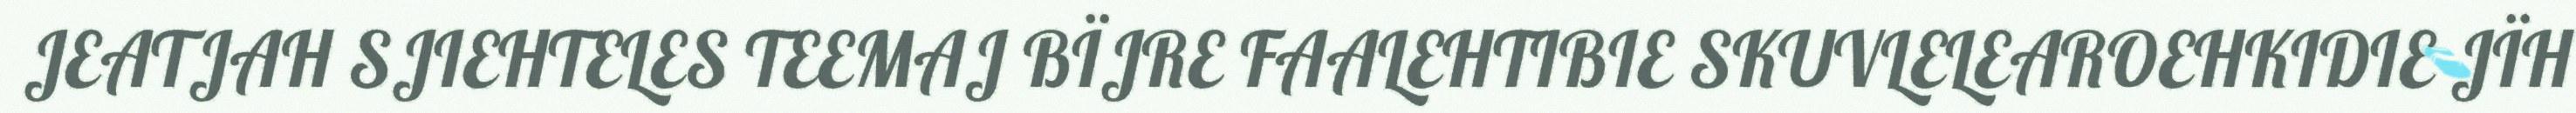
JEATJAH SJIEHTELES TEEMAJ BÏJRE FAALEHTIBIE SKUVLELEAROEHKIDIE JÏH